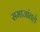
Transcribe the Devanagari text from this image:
समाजांतले